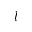
l